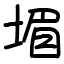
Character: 堳